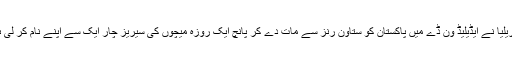
آسٹریلیا نے ایڈیلیڈ ون ڈے میں پاکستان کو ستاون رنز سے مات دے کر پانچ ایک روزہ میچوں کی سیریز چار ایک سے اپنے نام کر لی ہے۔